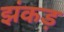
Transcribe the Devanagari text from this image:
झंकड़